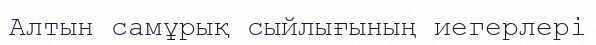
Алтын самұрық сыйлығының иегерлері